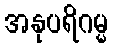
အနုပရိဂမ္မ